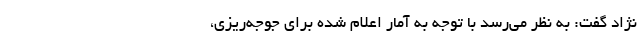
نژاد گفت: به نظر می‌رسد با توجه به آمار اعلام شده برای جوجه‌ریزی،